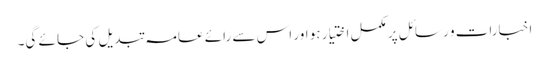
اخبارات و رسائل پر مکمل اختیار ہو اور اس سے رائے عامہ تبدیل کی جا ئے گی۔